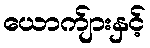
ယောက်ျားနှင့်